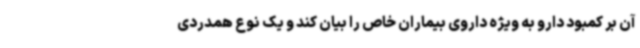
آن بر کمبود دارو به ویژه داروی بیماران خاص را بیان کند و یک نوع همدردی